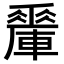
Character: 𨎯